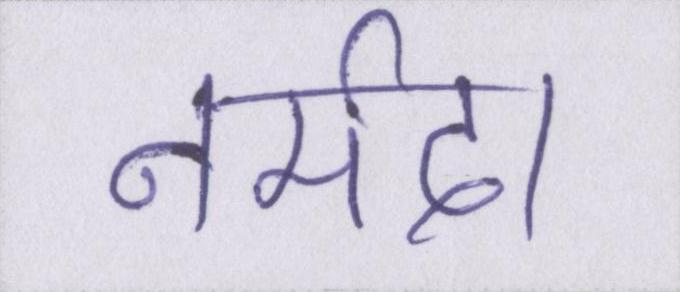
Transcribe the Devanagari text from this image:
नर्मदा